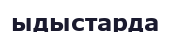
ыдыстарда